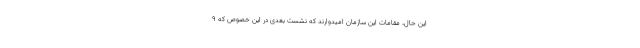
این حال، مقامات این سازمان امیدوارند که نشست بعدی در این خصوص که ۹